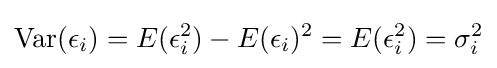
\operatorname {Var} (\epsilon _{i})=E(\epsilon _{i}^{2})-E(\epsilon _{i})^{2}=E(\epsilon _{i}^{2})=\sigma _{i}^{2}